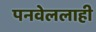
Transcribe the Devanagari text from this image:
पनवेललाही